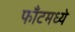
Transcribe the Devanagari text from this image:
फाँटमध्ये